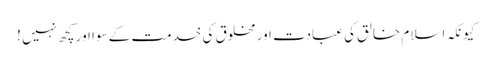
کیونکہ اسلام خالق کی عبادت اور مخلوق کی خدمت کے سوا اور کچھ نہیں !